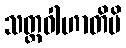
သတ္ထဝါဟာတိပိ